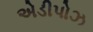
એડીપોઝ